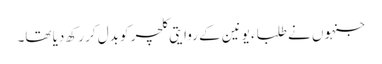
جنہوں نے طلباء یونین کے روایتی کلچر کو بدل کر رکھ دیا تھا۔